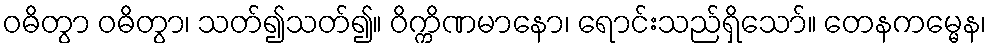
ဝဓိတွာ ဝဓိတွာ၊ သတ်၍သတ်၍။ ဝိက္ကိဏမာနော၊ ရောင်းသည်ရှိသော်။ တေနကမ္မေန၊